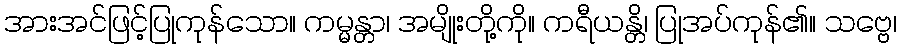
အားအင်ဖြင့်ပြုကုန်သော။ ကမ္မန္တာ၊ အမျိုးတို့ကို။ ကရီယန္တိ၊ ပြုအပ်ကုန်၏။ သဗ္ဗေ၊